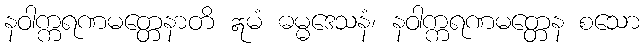
နဝါက္ကရဏမတ္တေနာတိ ဣမံ ဓမ္မဒေသနံ၊ နဝါက္ကရဏမတ္တေန စသော